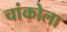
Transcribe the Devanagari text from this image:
चांकोला